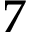
7